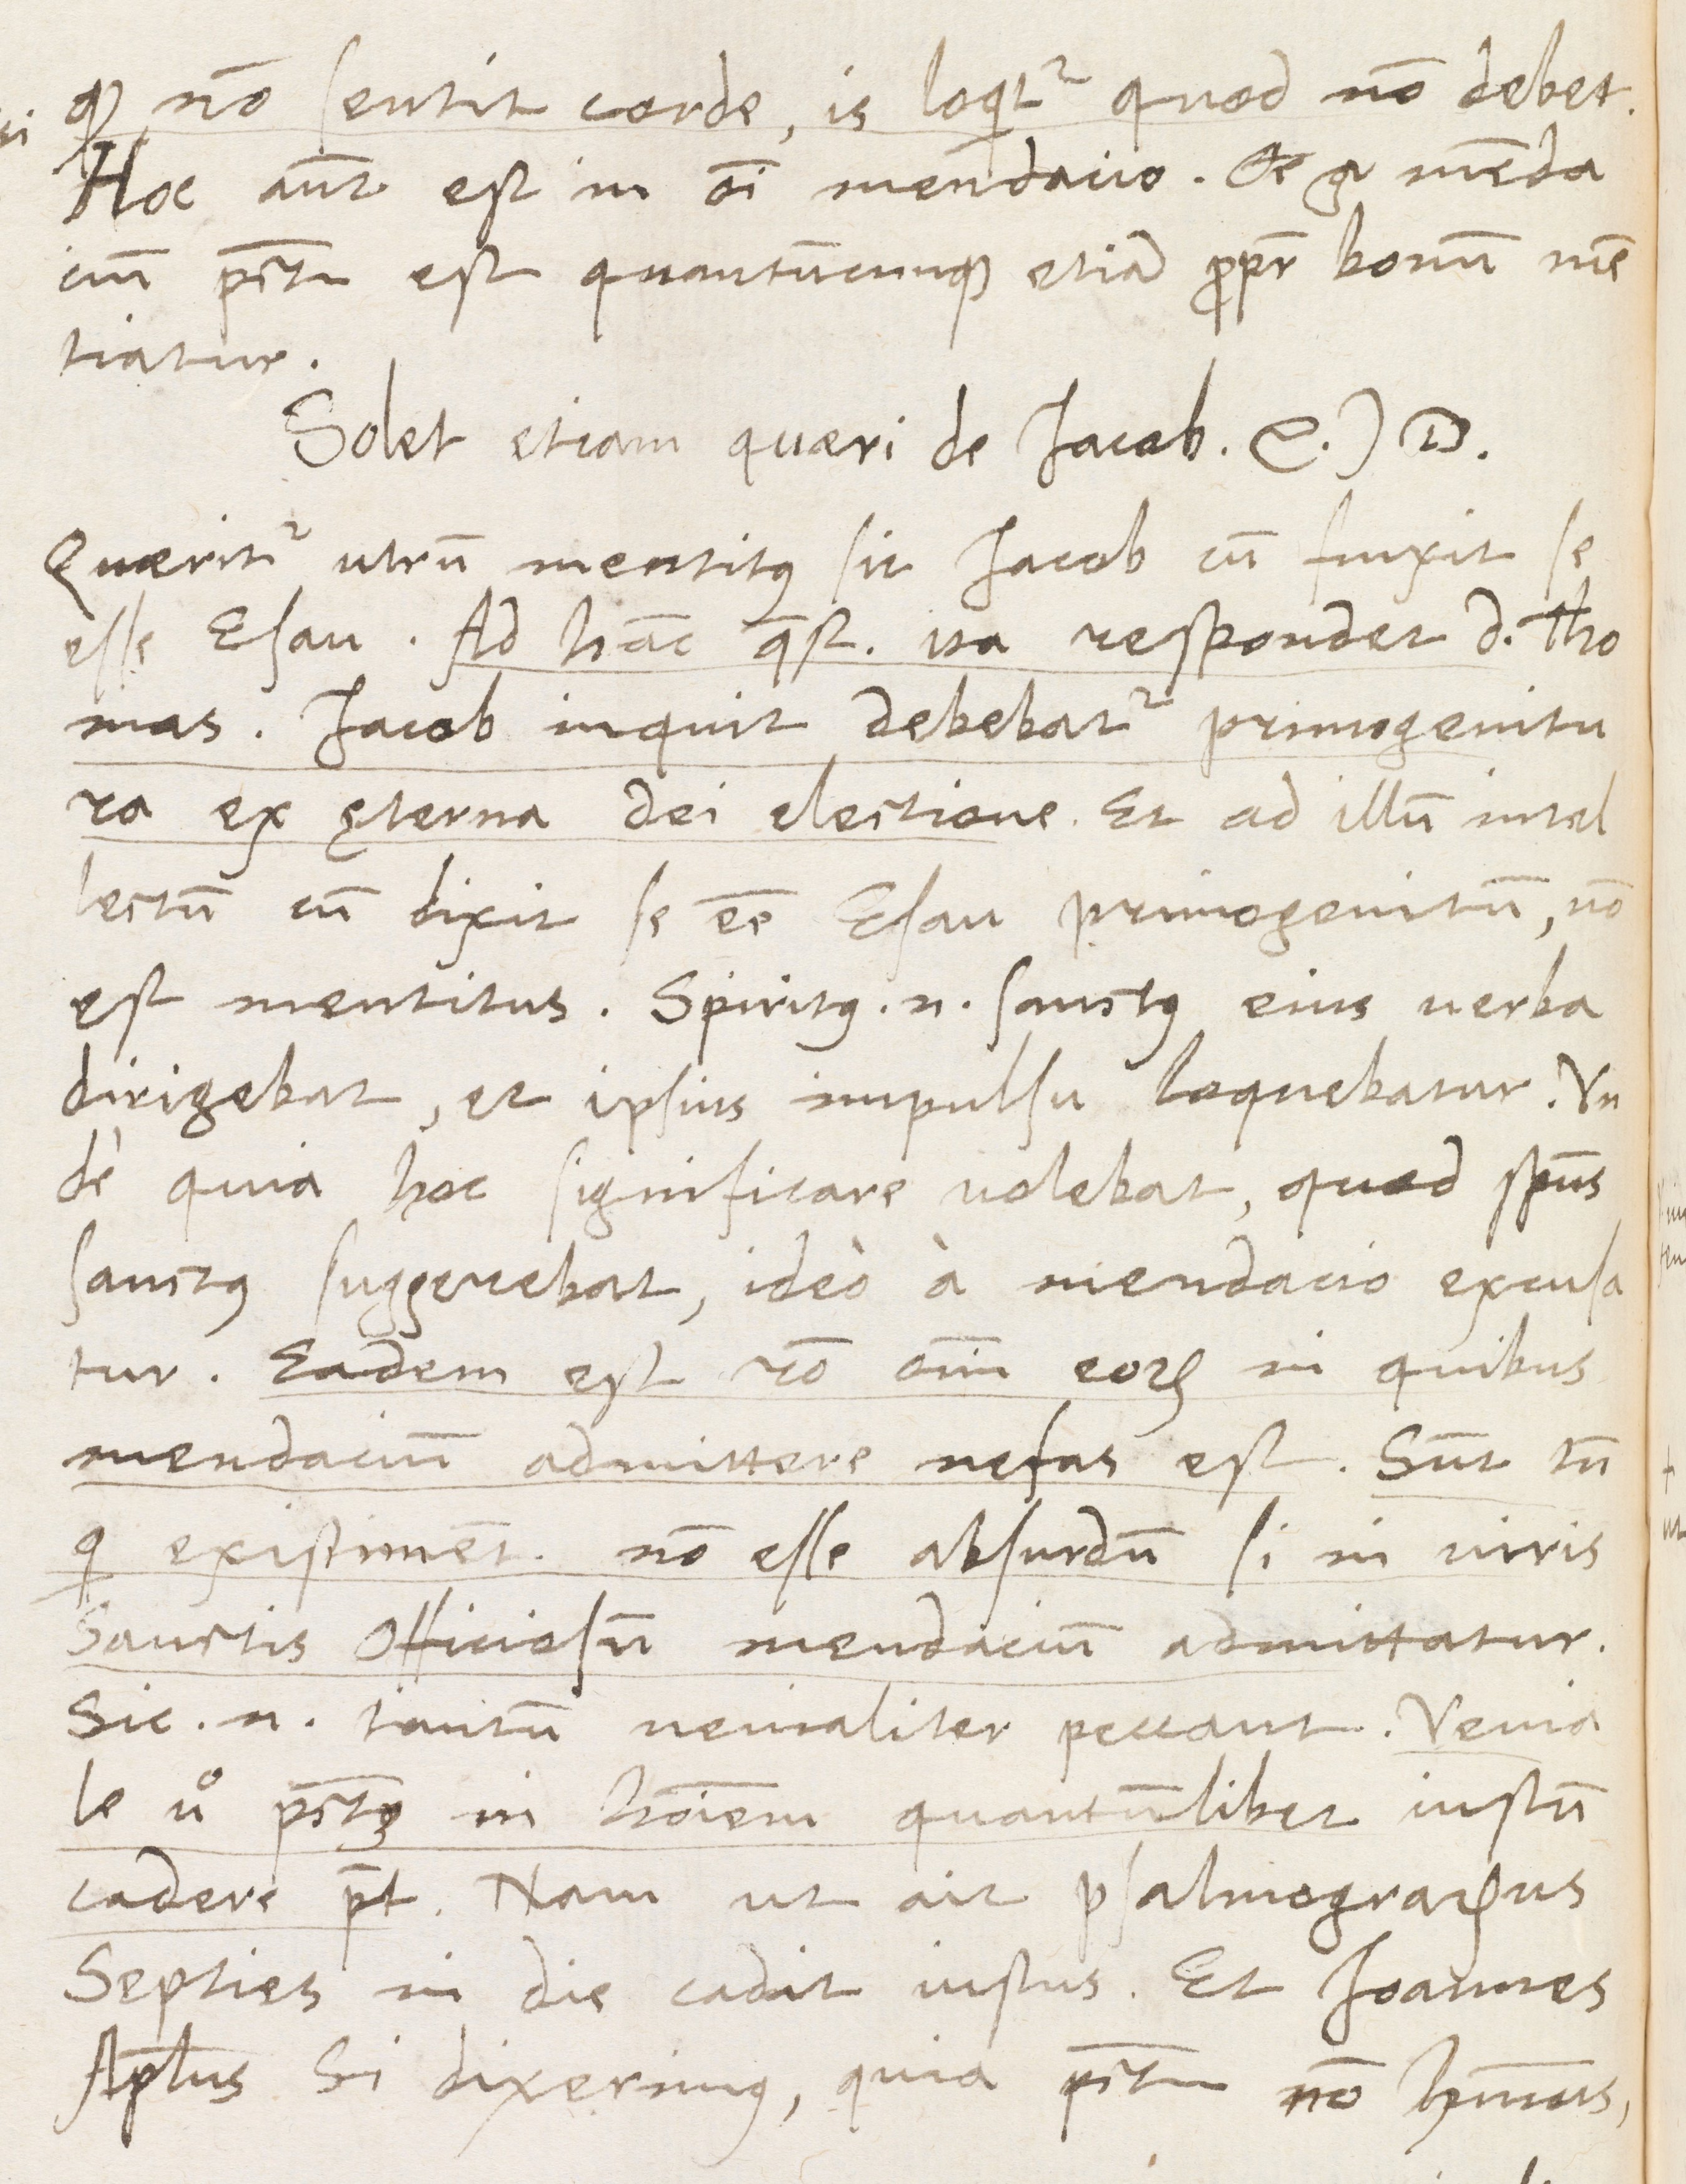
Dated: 1566–1566